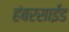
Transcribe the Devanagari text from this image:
हंबरसाईड